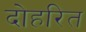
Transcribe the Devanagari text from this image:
दोहरित